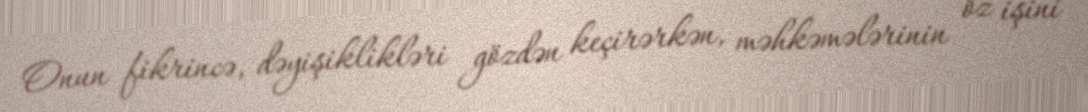
Onun fikrincə, dəyişiklikləri gözdən keçirərkən, məhkəmələrinin öz işini